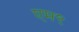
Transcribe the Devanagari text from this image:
एम९